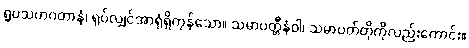
ရူပသဟဂတာနံ၊ ရုပ်လျှင်အာရုံရှိကုန်သော။ သမာပတ္တီနံဝါ၊ သမာပတ်တိုကိုလည်းကောင်း။